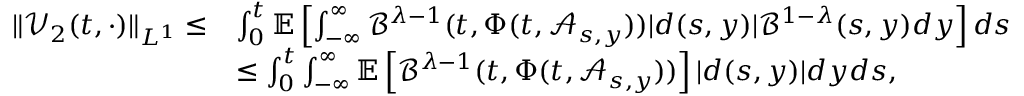
\begin{array} { r l } { \| \mathcal { V } _ { 2 } ( t , \cdot ) \| _ { L ^ { 1 } } \leq } & { \int _ { 0 } ^ { t } \mathbb { E } \left[ \int _ { - \infty } ^ { \infty } \mathcal { B } ^ { \lambda - 1 } ( t , \Phi ( t , \mathcal { A } _ { s , y } ) ) | d ( s , y ) | \mathcal { B } ^ { 1 - \lambda } ( s , y ) d y \right] d s } \\ & { \leq \int _ { 0 } ^ { t } \int _ { - \infty } ^ { \infty } \mathbb { E } \left[ \mathcal { B } ^ { \lambda - 1 } ( t , \Phi ( t , \mathcal { A } _ { s , y } ) ) \right] | d ( s , y ) | d y d s , } \end{array}